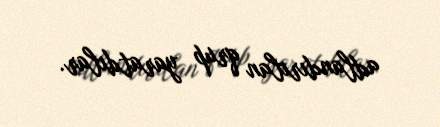
adlandırılan qrup yaratdılar.